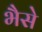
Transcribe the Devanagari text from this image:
भैसे